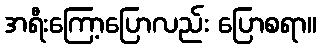
အရီးကြော့ပြောလည်း ပြောစရာ။